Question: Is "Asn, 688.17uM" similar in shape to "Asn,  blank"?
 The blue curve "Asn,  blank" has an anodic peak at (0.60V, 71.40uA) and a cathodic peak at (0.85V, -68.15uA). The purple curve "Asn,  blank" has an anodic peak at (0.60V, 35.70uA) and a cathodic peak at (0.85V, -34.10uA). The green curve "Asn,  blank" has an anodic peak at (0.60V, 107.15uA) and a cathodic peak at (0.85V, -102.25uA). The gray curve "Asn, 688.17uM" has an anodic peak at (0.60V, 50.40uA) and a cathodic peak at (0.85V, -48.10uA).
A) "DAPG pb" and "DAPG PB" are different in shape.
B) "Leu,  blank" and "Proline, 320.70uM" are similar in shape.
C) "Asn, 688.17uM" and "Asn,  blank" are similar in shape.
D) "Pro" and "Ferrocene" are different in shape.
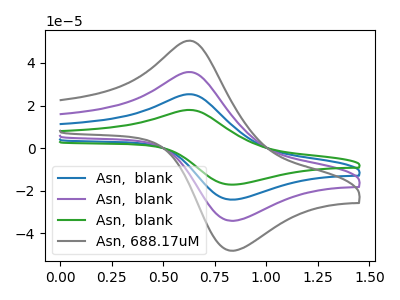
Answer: <think>All the peaks in "Asn, 688.17uM" have a peak in "Asn,  blank" at the same potential. Every peak in "Asn, 688.17uM" is higher than every peak in "Asn,  blank".
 </think>
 <answer>C) "Asn, 688.17uM" and "Asn,  blank" are similar in shape.</answer>
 <eval>C</eval>